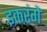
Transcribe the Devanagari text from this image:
इकरंगे